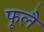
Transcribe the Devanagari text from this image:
फूलै